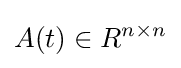
\displaystyle A(t)\in {R^{n\times n}}